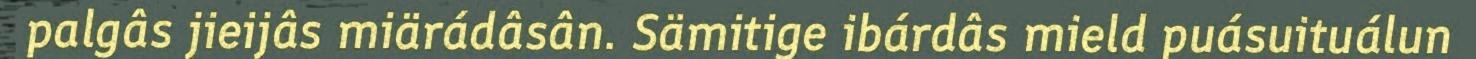
palgâs jieijâs miärádâsân. Sämitige ibárdâs mield puásuituálun